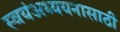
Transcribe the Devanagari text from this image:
स्वयंअध्ययनासाठी